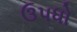
ઉપધો